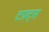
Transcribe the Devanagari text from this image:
टफ़्ट्स